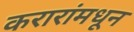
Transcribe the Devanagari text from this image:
करारांमधून